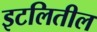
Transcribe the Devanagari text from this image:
इटलितील